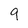
Character: 9